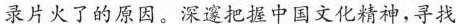
录片火了的原因。深邃把握中国文化精神,寻找